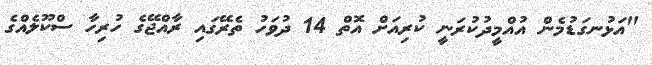
"އަޅުނގަޑުމެން އުއްމީދުކުރަނީ ކުރިއަށް އޮތް 14 ދުވަހު ތެރޭގައި ރާއްޖޭގެ ހުރިހާ ސްކޫލެއްގެ